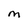
Character: M